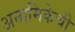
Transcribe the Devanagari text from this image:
अनामिकेची